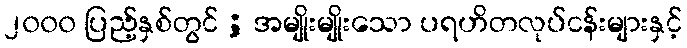
၂၀၀၀ ပြည့်နှစ်တွင် ; အမျိုးမျိုးသော ပရဟိတလုပ်ငန်းများနှင့်